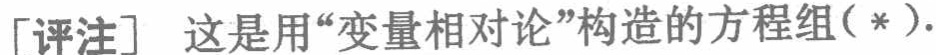
「评注」这是用“变量相对论”构造的方程组（*）.